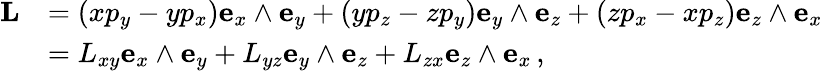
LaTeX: {\begin{array}{rl}{\mathbf{L}}&{=\left(xp_{y}-yp_{x}\right)\mathbf{e}_{x}\wedge\mathbf{e}_{y}+\left(yp_{z}-zp_{y}\right)\mathbf{e}_{y}\wedge\mathbf{e}_{z}+\left(zp_{x}-xp_{z}\right)\mathbf{e}_{z}\wedge\mathbf{e}_{x}}\\ &{=L_{xy}\mathbf{e}_{x}\wedge\mathbf{e}_{y}+L_{yz}\mathbf{e}_{y}\wedge\mathbf{e}_{z}+L_{zx}\mathbf{e}_{z}\wedge\mathbf{e}_{x}\, ,}\end{array}}